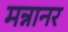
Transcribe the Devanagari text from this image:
मन्नानर